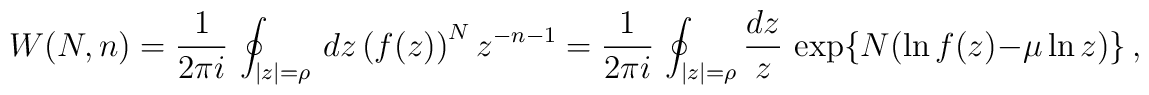
W(N,n) = \frac{1}{2\pi i} \, \oint_{|z|=\rho} \, dz \, \bigl( f(z) \bigr)^N \, z^{-n-1}  = \frac{1}{2\pi i} \, \oint_{|z|=\rho} \frac{dz}{z} \, \exp \{ N ( \ln f(z) - \mu \ln z ) \} \,,